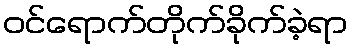
ဝင်ရောက်တိုက်ခိုက်ခဲ့ရာ